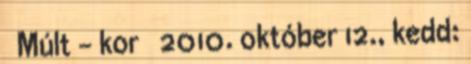
Múlt - kor 2010. október 12., kedd: